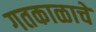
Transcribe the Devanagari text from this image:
गतकाळाचे